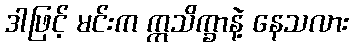
ဒါဖြင့် မင်းက ဣသိက္ခာနဲ့ နေသလား